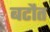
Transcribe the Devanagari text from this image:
बटौत